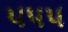
૫૫૫